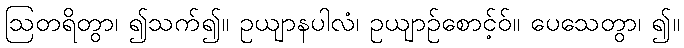
ဩတရိတွာ၊ ၍သက်၍။ ဥယျာနပါလံ၊ ဥယျာဉ်စောင့်ဝ်။ ပေသေတွာ၊ ၍။